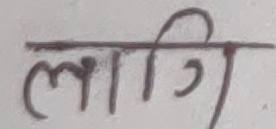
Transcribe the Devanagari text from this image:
लागि